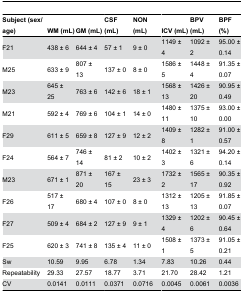
<table><thead><tr><td><b>Subject (sex/age)</b></td><td><b>WM (mL)</b></td><td><b>GM (mL)</b></td><td><b>CSF (mL)</b></td><td><b>NON (mL)</b></td><td><b>ICV (mL)</b></td><td><b>BPV (mL)</b></td><td><b>BPF (%)</b></td></tr></thead><tbody><tr><td>F21</td><td>438 ± 6</td><td>644 ± 4</td><td>57 ± 1</td><td>9 ± 0</td><td>1149 ± 4</td><td>1092 ± 2</td><td>95.00 ± 0.14</td></tr><tr><td>M25</td><td>633 ± 9</td><td>807 ± 13</td><td>137 ± 0</td><td>8 ± 0</td><td>1586 ± 5</td><td>1448 ± 4</td><td>91.35 ± 0.07</td></tr><tr><td>M23</td><td>645 ± 25</td><td>763 ± 6</td><td>142 ± 6</td><td>18 ± 1</td><td>1568 ± 13</td><td>1426 ± 20</td><td>90.95 ± 0.49</td></tr><tr><td>M21</td><td>592 ± 4</td><td>769 ± 6</td><td>104 ± 1</td><td>14 ± 0</td><td>1480 ± 11</td><td>1375 ± 10</td><td>93.00 ± 0.00</td></tr><tr><td>F29</td><td>611 ± 5</td><td>659 ± 8</td><td>127 ± 9</td><td>12 ± 2</td><td>1409 ± 8</td><td>1282 ± 1</td><td>91.00 ± 0.57</td></tr><tr><td>F24</td><td>564 ± 7</td><td>746 ± 14</td><td>81 ± 2</td><td>10 ± 2</td><td>1402 ± 3</td><td>1321 ± 6</td><td>94.20 ± 0.14</td></tr><tr><td>M23</td><td>671 ± 1</td><td>871 ± 20</td><td>167 ± 15</td><td>23 ± 3</td><td>1732 ± 2</td><td>1565 ± 17</td><td>90.35 ± 0.92</td></tr><tr><td>F26</td><td>517 ± 17</td><td>680 ± 4</td><td>107 ± 0</td><td>8 ± 0</td><td>1312 ± 13</td><td>1205 ± 13</td><td>91.85 ± 0.07</td></tr><tr><td>F27</td><td>509 ± 4</td><td>684 ± 2</td><td>127 ± 9</td><td>9 ± 1</td><td>1329 ± 4</td><td>1202 ± 6</td><td>90.45 ± 0.64</td></tr><tr><td>F25</td><td>620 ± 3</td><td>741 ± 8</td><td>135 ± 4</td><td>11 ± 0</td><td>1508 ± 1</td><td>1373 ± 5</td><td>91.05 ± 0.21</td></tr><tr><td>Sw</td><td>10.59</td><td>9.95</td><td>6.78</td><td>1.34</td><td>7.83</td><td>10.26</td><td>0.44</td></tr><tr><td>Repeatability</td><td>29.33</td><td>27.57</td><td>18.77</td><td>3.71</td><td>21.70</td><td>28.42</td><td>1.21</td></tr><tr><td>CV</td><td>0.0141</td><td>0.0111</td><td>0.0371</td><td>0.0716</td><td>0.0045</td><td>0.0061</td><td>0.0036</td></tr></tbody></table>